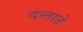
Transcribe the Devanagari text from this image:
दन्ताते